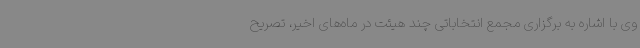
وی با اشاره به برگزاری مجمع انتخاباتی چند هیئت در ماه‌های اخیر، تصریح